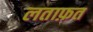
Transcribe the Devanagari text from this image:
लताफ़त